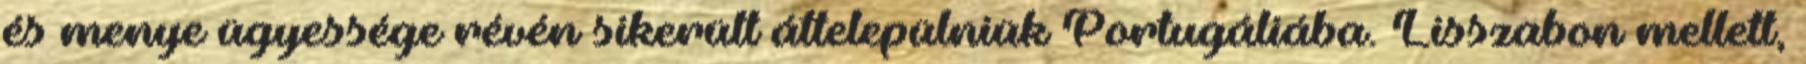
és menye ügyessége révén sikerült áttelepülniük Portugáliába. Lisszabon mellett,